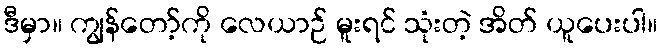
ဒီမှာ။ ကျွန်တော့်ကို လေယာဉ် မူးရင် သုံးတဲ့ အိတ် ယူပေးပါ။